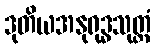
ဒုတိယအနုရုဒ္ဓသုတ္တံ